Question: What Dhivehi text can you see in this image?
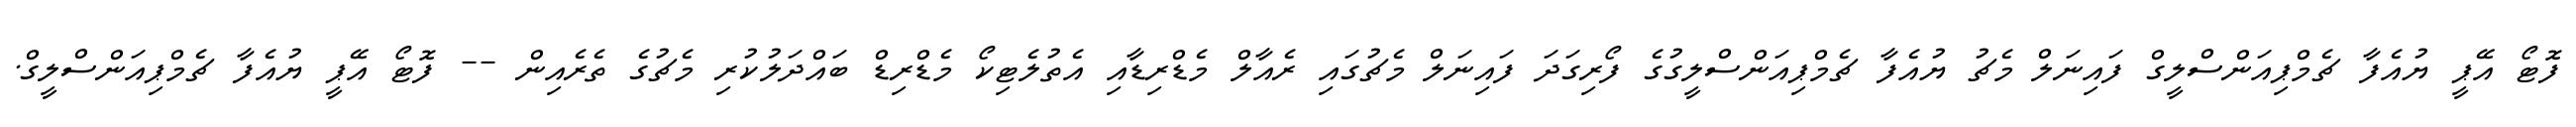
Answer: ފޮޓޯ އޭޕީ ޔުއެފާ ޗެމްޕިއަންސްލީގް ފައިނަލް މެޗު ޔުއެފާ ޗެމްޕިއަންސްލީގުގެ ފޯރިގަދަ ފައިނަލް މެޗުގައި ރެއާލް މެޑްރިޑާއި އެތުލެޓިކޯ މެޑްރިޑް ބައްދަލުކުރި މެޗުގެ ތެރެއިން -- ފޮޓޯ އޭޕީ ޔުއެފާ ޗެމްޕިއަންސްލީގް.